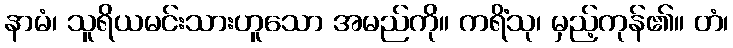
နာမံ၊ သူရိယမင်းသားဟူသော အမည်ကို။ ကရိံသု၊ မှည့်ကုန်၏။ တံ၊